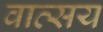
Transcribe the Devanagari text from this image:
वात्सय